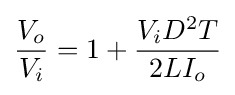
{\frac {V_{o}}{V_{i}}}=1+{\frac {V_{i}D^{2}T}{2LI_{o}}}